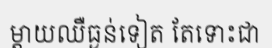
ម្តាយឈឺធ្ងន់ទៀត តែទោះជា